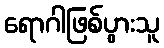
ရောဂါဖြစ်ပွားသူ